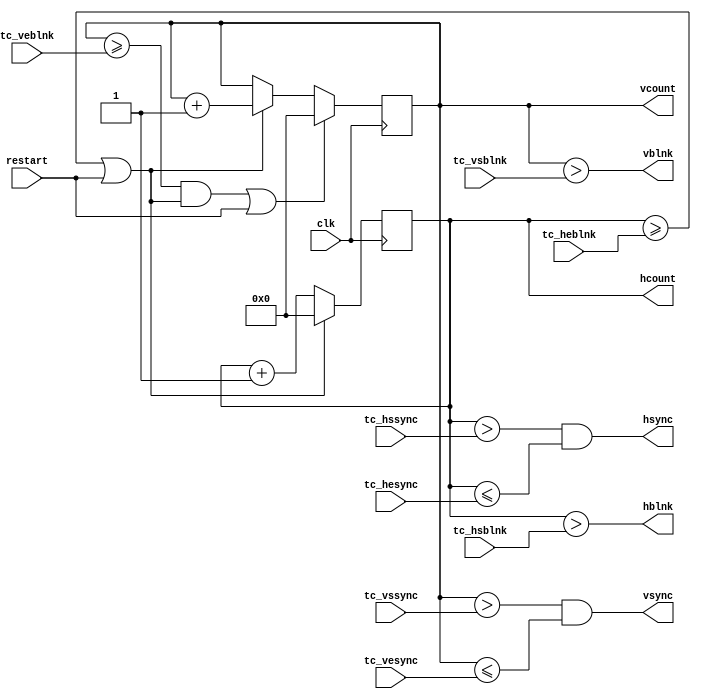
//////////////////////////////////////////////////////////////////////////////
// Copyright (c) 2006 Xilinx, Inc.
// This design is confidential and proprietary of Xilinx, All Rights Reserved.
//////////////////////////////////////////////////////////////////////////////
//   ____  ____
//  /   /\/   /
// /___/  \  /   Vendor:        Xilinx
// \   \   \/    Version:       1.0.0
//  \   \        Filename:      timing.v
//  /   /        Date Created:  December 25, 2006
// /___/   /\    Last Modified: December 25, 2006
// \   \  /  \
//  \___\/\___\
//
// Devices:   Spartan-3 Generation FPGA
// Purpose:   Programmable video timing generation circuit
// Contact:   crabill@xilinx.com
// Reference: None
//
// Revision History:
//   Rev 1.0.0 - (crabill) First created December 25, 2006.
//
//////////////////////////////////////////////////////////////////////////////
//
// LIMITED WARRANTY AND DISCLAIMER. These designs are provided to you "as is".
// Xilinx and its licensors make and you receive no warranties or conditions,
// express, implied, statutory or otherwise, and Xilinx specifically disclaims
// any implied warranties of merchantability, non-infringement, or fitness for
// a particular purpose. Xilinx does not warrant that the functions contained
// in these designs will meet your requirements, or that the operation of
// these designs will be uninterrupted or error free, or that defects in the
// designs will be corrected. Furthermore, Xilinx does not warrant or make any
// representations regarding use or the results of the use of the designs in
// terms of correctness, accuracy, reliability, or otherwise.
//
// LIMITATION OF LIABILITY. In no event will Xilinx or its licensors be liable
// for any loss of data, lost profits, cost or procurement of substitute goods
// or services, or for any special, incidental, consequential, or indirect
// damages arising from the use or operation of the designs or accompanying
// documentation, however caused and on any theory of liability. This
// limitation will apply even if Xilinx has been advised of the possibility
// of such damage. This limitation shall apply not-withstanding the failure
// of the essential purpose of any limited remedies herein.
//
//////////////////////////////////////////////////////////////////////////////
// Copyright (c) 2006 Xilinx, Inc.
// This design is confidential and proprietary of Xilinx, All Rights Reserved.
//////////////////////////////////////////////////////////////////////////////

`timescale 1 ns / 1 ps

module timing
  (
  input  wire [10:0] tc_hsblnk,
  input  wire [10:0] tc_hssync,
  input  wire [10:0] tc_hesync,
  input  wire [10:0] tc_heblnk,

  output wire [10:0] hcount,
  output wire        hsync,
  output wire        hblnk,

  input  wire [10:0] tc_vsblnk,
  input  wire [10:0] tc_vssync,
  input  wire [10:0] tc_vesync,
  input  wire [10:0] tc_veblnk,

  output wire [10:0] vcount,
  output wire        vsync,
  output wire        vblnk,

  input  wire        restart,
  input  wire        clk
  );

  //******************************************************************//
  // This logic describes a 11-bit horizontal position counter.       //
  //******************************************************************//
 
  reg    [10:0] hpos_cnt = 0;
  wire          hpos_clr;
  wire          hpos_ena;

  always @(posedge clk)
  begin : hcounter
    if (hpos_clr) hpos_cnt <= 11'b000_0000_0000;
    else if (hpos_ena) hpos_cnt <= hpos_cnt + 11'b000_0000_0001;
  end

  //******************************************************************//
  // This logic describes a 11-bit vertical position counter.         //
  //******************************************************************//

  reg    [10:0] vpos_cnt = 0;
  wire          vpos_clr;
  wire          vpos_ena;

  always @(posedge clk)
  begin : vcounter
    if (vpos_clr) vpos_cnt <= 11'b000_0000_0000;
    else if (vpos_ena) vpos_cnt <= vpos_cnt + 11'b000_0000_0001;
  end

  //******************************************************************//
  // This logic describes the position counter control.  Counters are //
  // reset when they reach the total count and the counter is then    //
  // enabled to advance.  Use of GTE operator ensures dynamic changes //
  // to display timing parameters do not allow counters to run away.  //
  //******************************************************************//

  assign hpos_ena = 1'b1;
  assign hpos_clr = ((hpos_cnt >= tc_heblnk) && hpos_ena ) || restart;
 
  assign vpos_ena = hpos_clr;
  assign vpos_clr = ((vpos_cnt >= tc_veblnk) && vpos_ena ) || restart;

  //******************************************************************//
  // This is the logic for the horizontal outputs.  Active video is   //
  // always started when the horizontal count is zero.  Example:      //
  //                                                                  //
  // tc_hsblnk = 03                                                   //
  // tc_hssync = 07                                                   //
  // tc_hesync = 11                                                   //
  // tc_heblnk = 15 (htotal)                                          //
  //                                                                  //
  // hcount   00 01 02 03 04 05 06 07 08 09 10 11 12 13 14 15         //
  // hsync    ________________________------------____________        //
  // hblnk    ____________------------------------------------        //
  //                                                                  //
  // hsync time  = (tc_hesync - tc_hssync) pixels                     //
  // hblnk time  = (tc_heblnk - tc_hsblnk) pixels                     //
  // active time = (tc_hsblnk + 1) pixels                             //
  //                                                                  //
  //******************************************************************//

  assign hcount = hpos_cnt;
  assign hblnk = (hcount > tc_hsblnk);
  assign hsync = (hcount > tc_hssync) && (hcount <= tc_hesync);

  //******************************************************************//
  // This is the logic for the vertical outputs.  Active video is     //
  // always started when the vertical count is zero.  Example:        //
  //                                                                  //
  // tc_vsblnk = 03                                                   //
  // tc_vssync = 07                                                   //
  // tc_vesync = 11                                                   //
  // tc_veblnk = 15 (vtotal)                                          //
  //                                                                  //
  // vcount   00 01 02 03 04 05 06 07 08 09 10 11 12 13 14 15         //
  // vsync    ________________________------------____________        //
  // vblnk    ____________------------------------------------        //
  //                                                                  //
  // vsync time  = (tc_vesync - tc_vssync) lines                      //
  // vblnk time  = (tc_veblnk - tc_vsblnk) lines                      //
  // active time = (tc_vsblnk + 1) lines                              //
  //                                                                  //
  //******************************************************************//
 
  assign vcount = vpos_cnt;
  assign vblnk = (vcount > tc_vsblnk);
  assign vsync = (vcount > tc_vssync) && (vcount <= tc_vesync);

  //******************************************************************//
  //                                                                  //
  //******************************************************************//

endmodule